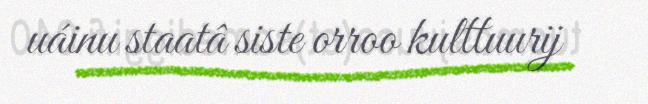
uáinu staatâ siste orroo kulttuurij